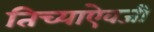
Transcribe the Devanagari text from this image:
तिच्याऐवजी